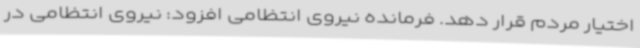
اختیار مردم قرار دهد. فرمانده نیروی انتظامی افزود: نیروی انتظامی در